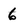
Character: 6